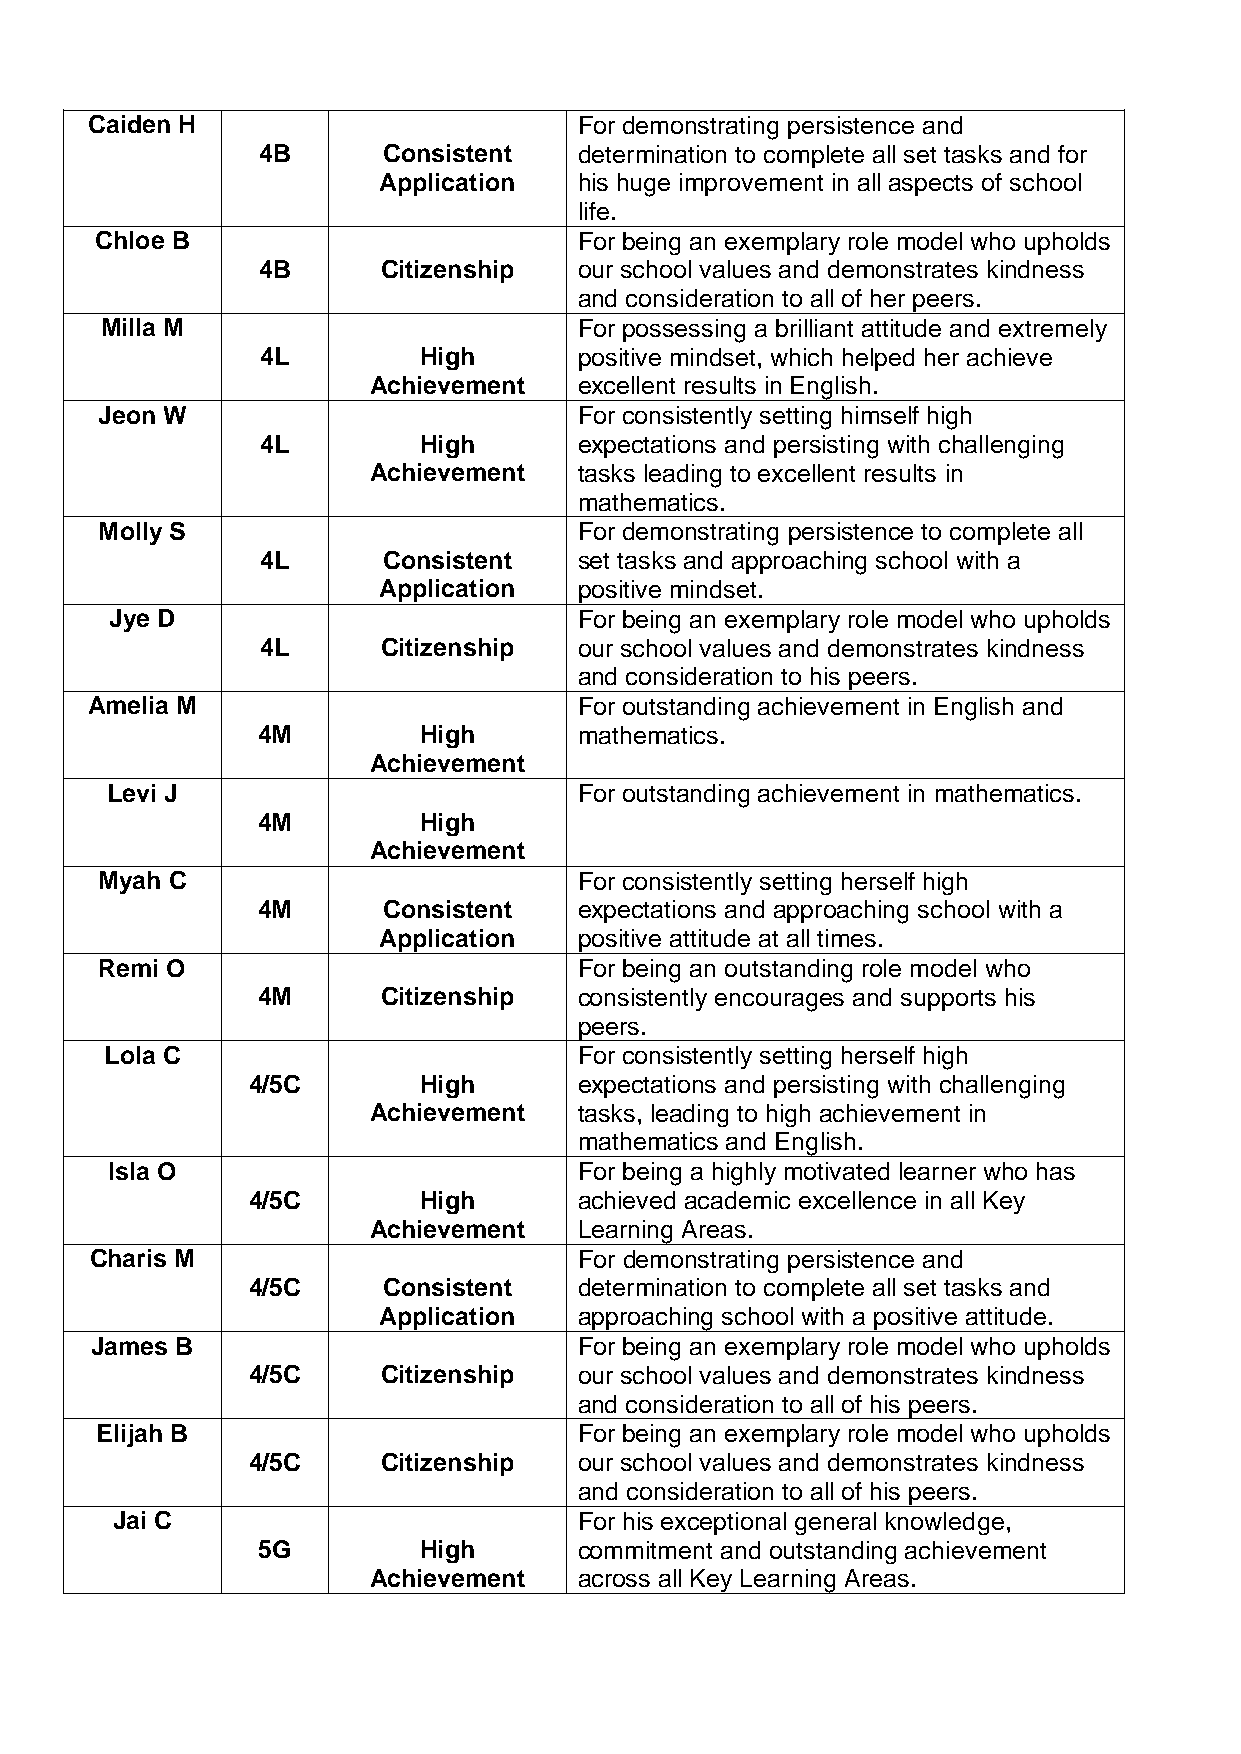
Caiden H                        For demonstrating persistence and
 4B      Consistent   determination to complete all set tasks and for
 Application  his huge improvement in all aspects of school
 life.
 Chloe B                         For being an exemplary role model who upholds
 4B      Citizenship  our school values and demonstrates kindness
 and consideration to all of her peers.
 Milla M                        For possessing a brilliant attitude and extremely
 4L         High      positive mindset, which helped her achieve
 Achievement   excellent results in English.
 Jeon W                          For consistently setting himself high
 4L         High      expectations and persisting with challenging
 Achievement   tasks leading to excellent results in
 mathematics.
 Molly S                        For demonstrating persistence to complete all
 4L      Consistent   set tasks and approaching school with a
 Application  positive mindset.
 Jye D                          For being an exemplary role model who upholds
 4L      Citizenship  our school values and demonstrates kindness
 and consideration to his peers.
 Amelia M                        For outstanding achievement in English and
 4M         High      mathematics.
 Achievement
 Levi J                         For outstanding achievement in mathematics.
 4M         High
 Achievement
 Myah C                          For consistently setting herself high
 4M      Consistent   expectations and approaching school with a
 Application  positive attitude at all times.
 Remi O                         For being an outstanding role model who
 4M      Citizenship  consistently encourages and supports his
 peers.
 Lola C                         For consistently setting herself high
 4/5C        High      expectations and persisting with challenging
 Achievement   tasks, leading to high achievement in
 mathematics and English.
 Isla O                         For being a highly motivated learner who has
 4/5C        High      achieved academic excellence in all Key
 Achievement   Learning Areas.
 Charis M                        For demonstrating persistence and
 4/5C     Consistent   determination to complete all set tasks and
 Application  approaching school with a positive attitude.
 James B                         For being an exemplary role model who upholds
 4/5C     Citizenship  our school values and demonstrates kindness
 and consideration to all of his peers.
 Elijah B                        For being an exemplary role model who upholds
 4/5C     Citizenship  our school values and demonstrates kindness
 and consideration to all of his peers.
 Jai C                          For his exceptional general knowledge,
 5G         High      commitment and outstanding achievement
 Achievement   across all Key Learning Areas.